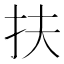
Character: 扶